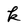
Character: k